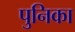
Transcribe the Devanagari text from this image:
पुनिका